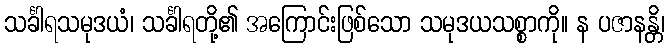
သင်္ခါရသမုဒယံ၊ သင်္ခါရတို့၏ အကြောင်းဖြစ်သော သမုဒယသစ္စာကို။ န ပဇာနန္တိ၊